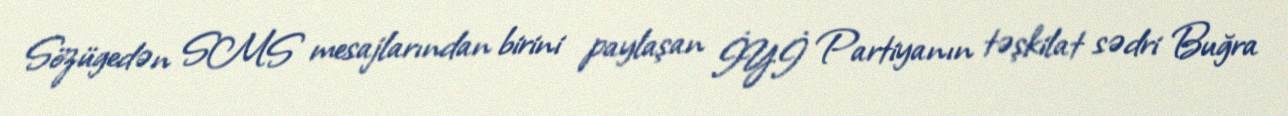
Sözügedən SMS mesajlarından birini paylaşan İYİ Partiyanın təşkilat sədri Buğra